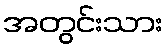
အတွင်းသား